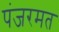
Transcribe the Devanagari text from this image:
पंजरमत